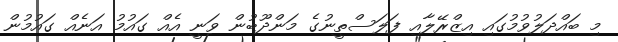
މި ބައްދަލުވުމުގައި އިޒްރޭލާއި ފަލަސްތީނުގެ މަންދޫބުން ވަނީ އެއް ގައުމު އަނެއް ގައުމުން